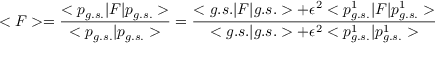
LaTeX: < F > = \frac { < p _ { g . s . } | F | p _ { g . s . } > } { < p _ { g . s . } | p _ { g . s . } > } = \frac { < g . s . | F | g . s . > + \epsilon ^ { 2 } < p _ { g . s . } ^ { 1 } | F | p _ { g . s . } ^ { 1 } > } { < g . s . | g . s . > + \epsilon ^ { 2 } < p _ { g . s . } ^ { 1 } | p _ { g . s . } ^ { 1 } > }